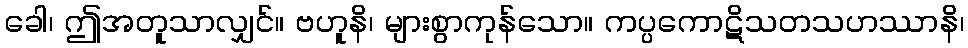
ခေါ၊ ဤအတူသာလျှင်။ ဗဟူနိ၊ များစွာကုန်သော။ ကပ္ပကောဋိသတသဟဿာနိ၊